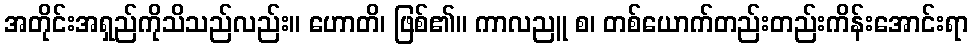
အတိုင်းအရှည်ကိုသိသည်လည်း။ ဟောတိ၊ ဖြစ်၏။ ကာလညူ စ၊ တစ်ယောက်တည်းတည်းကိန်းအောင်းရာ